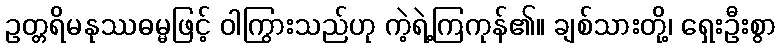
ဥတ္တရိမနုဿဓမ္မဖြင့် ဝါကြွားသည်ဟု ကဲ့ရဲ့ကြကုန်၏။ ချစ်သားတို့၊ ရှေးဦးစွာ